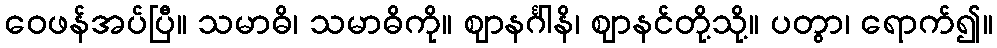
ဝေဖန်အပ်ပြီ။ သမာဓိ၊ သမာဓိကို။ ဈာနင်္ဂါနိ၊ ဈာနင်တို့သို့။ ပတွာ၊ ရောက်၍။